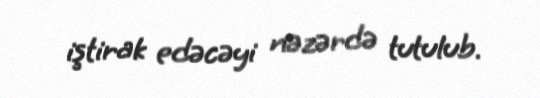
iştirak edəcəyi nəzərdə tutulub.